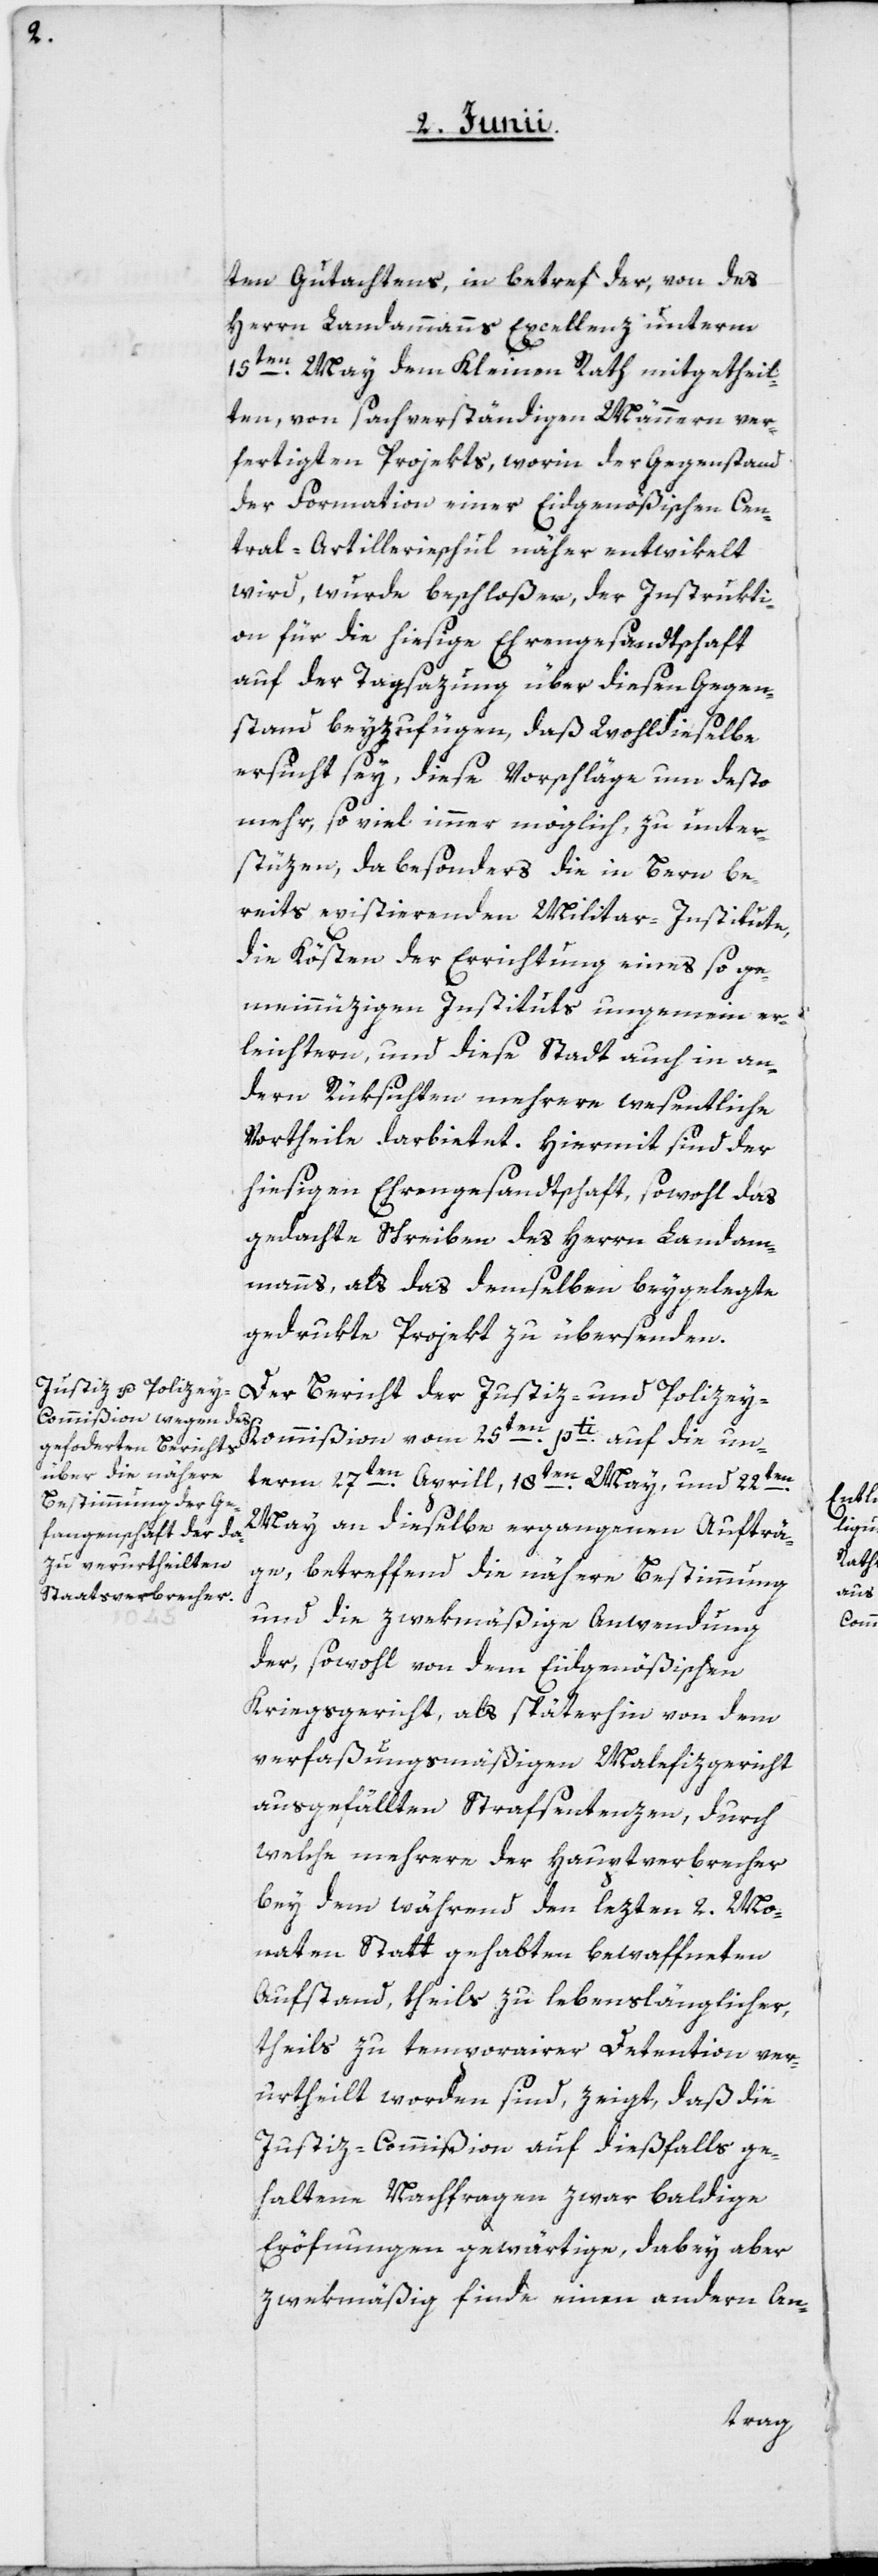
ten Gutachtens, in betref der, von des
Herrn Landammanns Excellenz unterm
15ten May dem Kleinen Rath mitgetheil¬
ten, von sachverständigen Männern ver¬
fertigen Projekts, worin der Gegenstand
der Formation einer Eidgenößischen Cen¬
tral-Artillerieschul näher entwikelt
wird, wurde beschloßen, der Instrukti¬
on für die hiesige Ehrengesandtschaft
auf der Tagsazung über diesen Gegen¬
stand beyzufügen, daß Wohldieselbe
ersucht sey, diese Vorschläge um desto
mehr, so viel immer möglich zu unter¬
stüzen, da besonders die in Bern be¬
reits existierenden Militar-Institute,
die Kösten der Errichtung eines so ge¬
meinnüzigen Instituts ungemein er¬
leichtern, und diese Stadt auch in an¬
dern Rüksichten mehrere wesentliche
Vortheile darbietet. Hiermit sind der
hiesigen Ehrengesandtschaft, sowohl das
gedachte Schreiben des Herrn Landam¬
manns, als das demselben beygelegte
gedrukte Projekt zu übersenden.
Der Bericht der Justiz- und Polizey-K¬
term 27ten Aprill, 18ten May, und 22ten
May an dieselbe ergangenen Aufträ¬
ge, betreffend die nähere Bestimmung
und die zwekmässige Anwendung
der, sowohl von dem Eidgenößischen
un¬
Kriegsgericht, als späterhin von dem
verfaßungsmäßigen Malefizgericht
ausgefällten Strafsentenzen, durch
welche mehrere der Hauptverbrecher
bey dem während den lezten 2. Mo¬
naten Statt gehabten bewaffneten
Aufstand, theils zu lebenslänglicher,
theils zu temporairer Detention ver¬
urtheilt worden sind, zeigt, daß die
Justiz-Commißion auf dießfalls ge¬
haltene Nachfragen zwar baldige
Eröfnungen gewärtige, dabey aber
zwekmäßig finde, einen andern An-